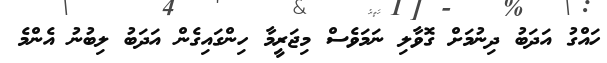
ހައްގު އަދަބު ދިނުމަށް ގޮވާލި ނަމަވެސް މިޖަރީމާ ހިންގައިގެން އަދަބު ލިބުނު އެންމެ